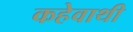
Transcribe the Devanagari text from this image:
कहेवाथी